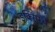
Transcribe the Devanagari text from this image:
इक्सिम्चे